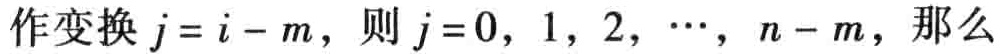
作变换\(j = i - m\)，则\(j = 0,1,2,\cdots,n - m\)，那么